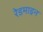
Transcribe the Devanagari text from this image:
रेडमाइन